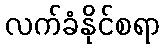
လက်ခံနိုင်စရာ